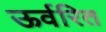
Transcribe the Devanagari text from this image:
ऊर्वरित